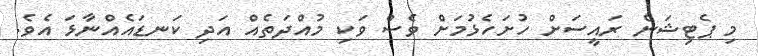
މި ޕެޓިޝަން ރައީސަށް ހުށަހެޅުމަށް ވެސް ވަކި މުއްދަތެއް އަދި ކަނޑައެއްނާޅަ އެވެ.